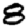
Digit: 8